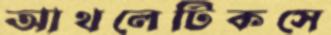
আথলেটিকসে